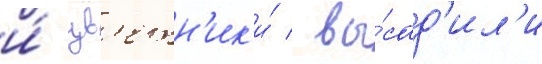
и́ цв'етн'ик'и́ / вы́сад'ил'и